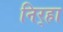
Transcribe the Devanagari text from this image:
निर्‍हा